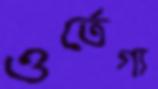
ওর্তেগা